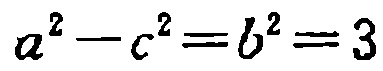
\(a^{2}-c^{2}=b^{2}=3\)